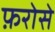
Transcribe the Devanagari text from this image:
फ़रोसे